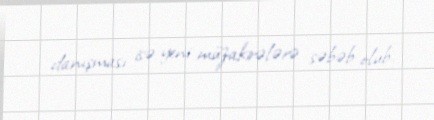
danışması isə yeni müzakirələrə səbəb olub.